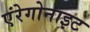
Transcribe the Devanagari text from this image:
एंरेगोनाइट